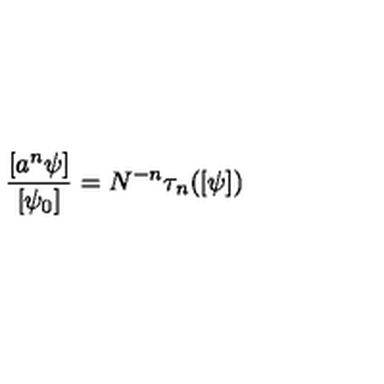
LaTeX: { \frac { [ a ^ { n } \psi ] } { [ \psi _ { 0 } ] } } = N ^ { - n } \tau _ { n } ( [ \psi ] )